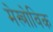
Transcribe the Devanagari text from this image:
मेस्त्रोविक